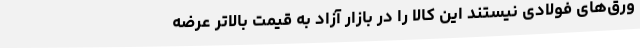
ورق‌های فولادی نیستند این کالا را در بازار آزاد به قیمت بالاتر عرضه